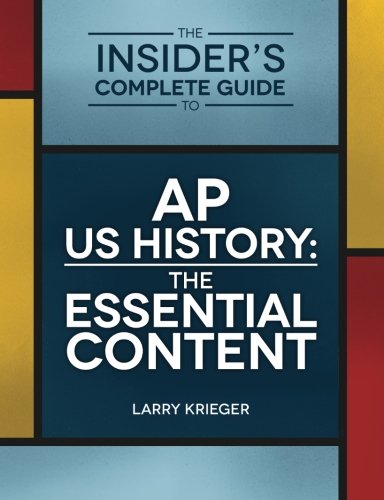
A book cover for The Insider's Complete Guide to AP US History: The Essential Content; Larry Krieger; Test Preparation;